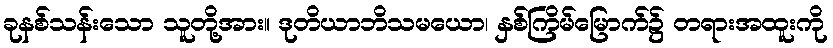
ခုနစ်သန်းသော သူတို့အား။ ဒုတိယာဘိသမယော၊ နှစ်ကြိမ်မြောက်၌ တရားအထူးကို